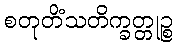
စတုတိံသတိက္ခတ္တုဉ္စ